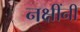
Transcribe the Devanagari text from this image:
नक्षींनी